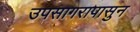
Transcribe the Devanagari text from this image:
उपसागरापासुन